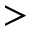
>